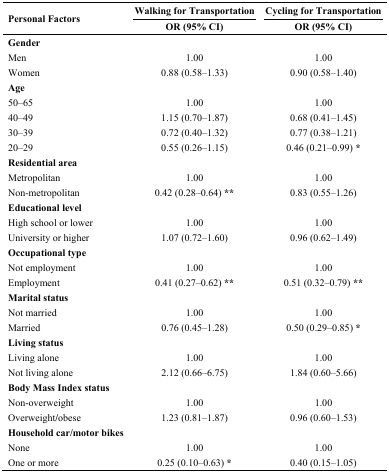
<table><thead><tr><td rowspan="2"><b>Personal Factors</b></td><td><b>Walking for Transportation</b></td><td><b>Cycling for Transportation</b></td></tr><tr><td><b>OR (95% CI)</b></td><td><b>OR (95% CI)</b></td></tr></thead><tbody><tr><td><b>Gender</b></td><td></td><td></td></tr><tr><td>Men </td><td>1.00</td><td>1.00</td></tr><tr><td>Women</td><td>0.88 (0.58–1.33)</td><td>0.90 (0.58–1.40)</td></tr><tr><td><b>Age</b></td><td></td><td></td></tr><tr><td>50–65</td><td>1.00</td><td>1.00</td></tr><tr><td>40–49</td><td>1.15 (0.70–1.87)</td><td>0.68 (0.41–1.45)</td></tr><tr><td>30–39</td><td>0.72 (0.40–1.32)</td><td>0.77 (0.38–1.21)</td></tr><tr><td>20–29</td><td>0.55 (0.26–1.15)</td><td>0.46 (0.21–0.99) <b>*</b></td></tr><tr><td><b>Residential area</b></td><td></td><td></td></tr><tr><td>Metropolitan</td><td>1.00</td><td>1.00</td></tr><tr><td>Non-metropolitan</td><td>0.42 (0.28–0.64) <b>**</b></td><td>0.83 (0.55–1.26)</td></tr><tr><td><b>Educational level</b></td><td></td><td></td></tr><tr><td>High school or lower</td><td>1.00</td><td>1.00</td></tr><tr><td>University or higher</td><td>1.07 (0.72–1.60)</td><td>0.96 (0.62–1.49)</td></tr><tr><td><b>Occupational type</b></td><td></td><td></td></tr><tr><td>Not employment</td><td>1.00</td><td>1.00</td></tr><tr><td>Employment</td><td>0.41 (0.27–0.62) <b>**</b></td><td>0.51 (0.32–0.79) <b>**</b></td></tr><tr><td><b>Marital status</b></td><td></td><td></td></tr><tr><td>Not married</td><td>1.00</td><td>1.00</td></tr><tr><td>Married</td><td>0.76 (0.45–1.28)</td><td>0.50 (0.29–0.85) <b>*</b></td></tr><tr><td><b>Living status</b></td><td></td><td></td></tr><tr><td>Living alone</td><td>1.00</td><td>1.00</td></tr><tr><td>Not living alone</td><td>2.12 (0.66–6.75)</td><td>1.84 (0.60–5.66)</td></tr><tr><td><b>Body Mass Index status</b></td><td></td><td></td></tr><tr><td>Non-overweight</td><td>1.00</td><td>1.00</td></tr><tr><td>Overweight/obese</td><td>1.23 (0.81–1.87)</td><td>0.96 (0.60–1.53)</td></tr><tr><td><b>Household car/motor bikes</b></td><td></td><td></td></tr><tr><td>None</td><td>1.00</td><td>1.00</td></tr><tr><td>One or more</td><td>0.25 (0.10–0.63) <b>*</b></td><td>0.40 (0.15–1.05)</td></tr></tbody></table>